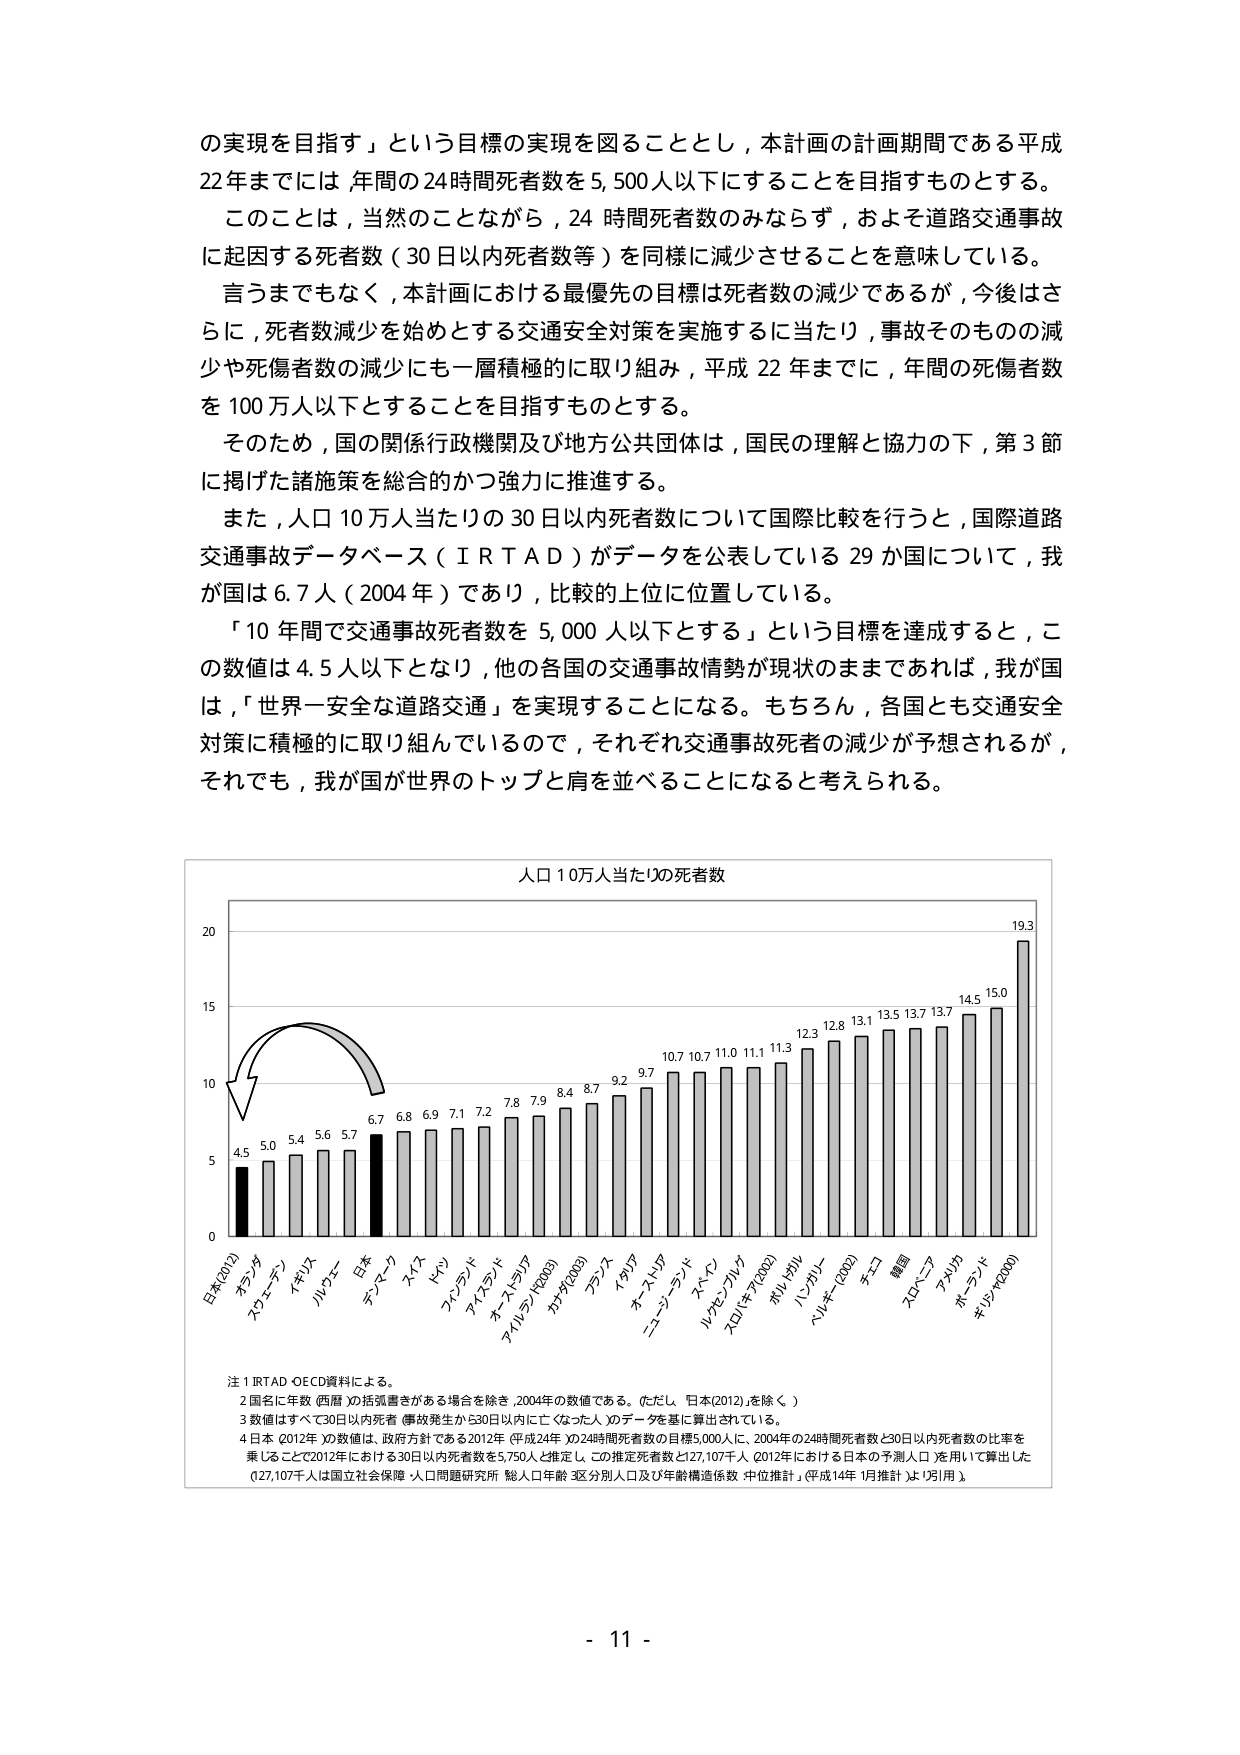
の実現を目指す」という目標の実現を図ることとし，本計画の計画期間である平成22年までには 年間の24時間死者数を5,500人以下にすることを目指すものとする。

このことは，当然のことながら，24 時間死者数のみならず，およそ道路交通事故に起因する死者数（30日以内死者数等）を同様に減少させることを意味している。

言うまでもなく，本計画における最優先の目標は死者数の減少であるが，今後はさらに，死者数減少を始めとする交通安全対策を実施するに当たり，事故そのものの減少や死傷者数の減少にも一層積極的に取り組み，平成22年までに，年間の死傷者数を100万人以下とすることを目指すものとする。

そのため，国の関係行政機関及び地方公共団体は，国民の理解と協力の下，第3節に掲げた諸施策を総合的かつ強力に推進する。

また，人口10万人当たりの30日以内死者数について国際比較を行うと，国際道路交通事故データベース（ＩＲＴＡＤ）がデータを公表している29か国について，我が国は6.7人（2004年）であり，比較的上位に位置している。

「10年間で交通事故死者数を5,000人以下とする」という目標を達成すると，この数値は4.5人以下となり，他の各国の交通事故情勢が現状のままであれば，我が国は，「世界一安全な道路交通」を実現することになる。もちろん，各国とも交通安全対策に積極的に取り組んでいるので，それぞれ交通事故死者の減少が予想されるが，それでも，我が国が世界のトップと肩を並べることになると考えられる。

人口10万人当たりの死者数

4.5 5.0 5.4 5.6 5.7 6.7 6.8 6.9 7.1 7.2 7.8 7.9 8.4 8.7 9.2 9.7 10.7 10.7 11.0 11.1 11.3 12.3 12.8 13.1 13.5 13.7 14.5 15.0 19.3

日本(2012) フランス スウェーデン イギリス ルクセン ロス デンマーク スイス ドイツ スペイン フィンランド オーストラリア アイルランド(2009) カナダ(2003) ブラジル イタリア オーストリア ニュージーランド スペイン ルクセンブルク スロバキア(2002) ポルトガル バングラデシュ ベルギー(2002) チェコ 韓国 スロバキア アメリカ ポーランド ギリシャ(2000)

注 1 IRTAD・OECD資料による。

2 国名に年数（西暦）の括弧書きがある場合を除き，2004年の数値である。（ただし，日本(2012)を除く。）

3 数値はすべて30日以内死者（事故発生から30日以内に亡くなった人）のデータを基に算出されている。

4 日本（2012年）の数値は，政府方針である2012年（平成24年）の24時間死者数の目標5,000人に，2004年の24時間死者数と30日以内死者数の比率を乗じることで2012年における30日以内死者数を5,750人と推定し，この推定死者数と127,107千人（2012年における日本の予測人口）を用いて算出した（127,107千人は国立社会保障・人口問題研究所「総人口年齢・区分別人口及び年齢構造係数 中位推計」（平成14年1月推計）より引用）。

- 11 -